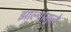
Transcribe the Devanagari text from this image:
झाल्यामुले